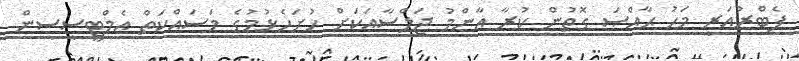
ފެބްރުއަރީ މަހު ޙާއްޞަ ގޮތުން ކުރާ އާންމު ޖަލްސާއަކަށް ހުށަހެޅުމުގެ މަސައްކަތް އެމްޓީސީސީން